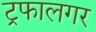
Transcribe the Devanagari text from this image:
ट्रफालगर